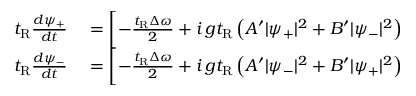
\begin{array} { r l } { t _ { \mathrm { R } } \frac { d \psi _ { + } } { d t } } & { { } = \biggl [ - \frac { t _ { \mathrm { R } } \Delta \omega } { 2 } + i \, g t _ { \mathrm { R } } \left( A ^ { \prime } | \psi _ { + } | ^ { 2 } + B ^ { \prime } | \psi _ { - } | ^ { 2 } \right) } \\ { t _ { \mathrm { R } } \frac { d \psi _ { - } } { d t } } & { { } = \biggl [ - \frac { t _ { \mathrm { R } } \Delta \omega } { 2 } + i \, g t _ { \mathrm { R } } \left( A ^ { \prime } | \psi _ { - } | ^ { 2 } + B ^ { \prime } | \psi _ { + } | ^ { 2 } \right) } \end{array}